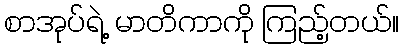
စာအုပ်ရဲ့ မာတိကာကို ကြည့်တယ်။